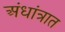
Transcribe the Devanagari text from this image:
अंधांत्रात